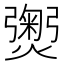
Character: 𭶡